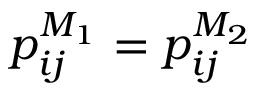
p _ { i j } ^ { M _ { 1 } } = p _ { i j } ^ { M _ { 2 } }